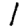
Digit: 1